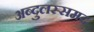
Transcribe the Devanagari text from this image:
अब्दुलस्समद